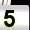
Digit: 5